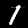
Label: 1